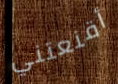
أقنعتني